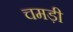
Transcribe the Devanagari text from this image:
चमड़ी